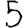
Digit: 5